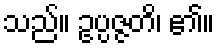
သည်။ ဥပ္ပဇ္ဇတိ၊ ၏။